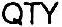
QTY